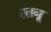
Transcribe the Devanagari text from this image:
रतनू